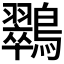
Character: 𮭚